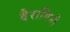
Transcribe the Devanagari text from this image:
वैरागिनी